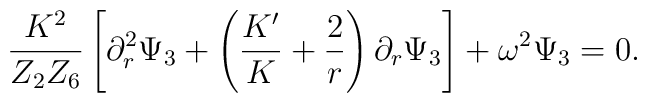
{K^2 \over Z_2 Z_6} \left[ \partial_r^2 \Psi_3 + \left( {K' \over K}+ {2 \over r} \right) \partial_r \Psi_3 \right] + \omega^2 \Psi_3=0.